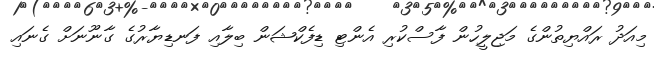
މިއަދު ރައްޔިތުންގެ މަޖިލީހުން ފާސްކުރި އެންޓި ޑިފެކްޝަން ބިލާއި ފަނޑިޔާރުގެ ގާނޫނަށް ގެނައި